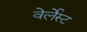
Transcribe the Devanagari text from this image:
वेर्लेस्ट